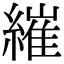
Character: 繀